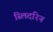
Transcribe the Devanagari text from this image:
स्लिदरिन